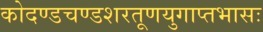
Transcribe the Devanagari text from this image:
कोदण्डचण्डशरतूणयुगाप्तभासः